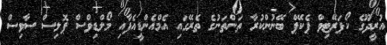
އުރީދޫގެ ކޯޕަރޭޓިވް ޕެކޭޕް ބޭނުންކުރާ ތަންތަނުގެ ތެރޭގައި އެމްއެންޑީއެފާއި މޯލްޑިވްސް ޕޮލިސް ސާވިސް